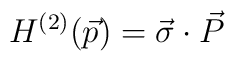
H^{(2)}(\vec{p})=\vec{\sigma}\cdot \vec{P}